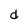
Character: d